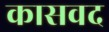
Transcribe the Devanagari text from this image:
कासवद